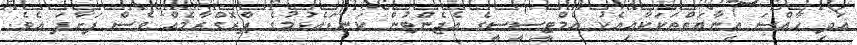
އަދި ހާއްސަ އިނާޔަތްތަކަކާއިއެކު އެމްޓީސީސީގެ އެޖެންޓުން ކަނޑައެޅުމުގެ ޕްރޮގްރާމެއް ވެސް ފަށާފަ އެވެ.